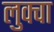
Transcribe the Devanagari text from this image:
लुक्वा